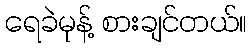
ရေခဲမုန့် စားချင်တယ်။